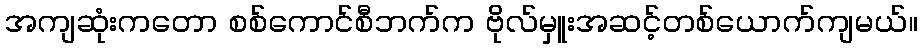
အကျဆုံးကတော စစ်ကောင်စီဘက်က ဗိုလ်မှူးအဆင့်တစ်ယောက်ကျမယ်။